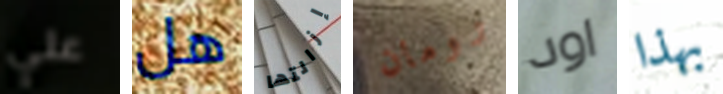
علي هل إزالتها رومان اود بهذا